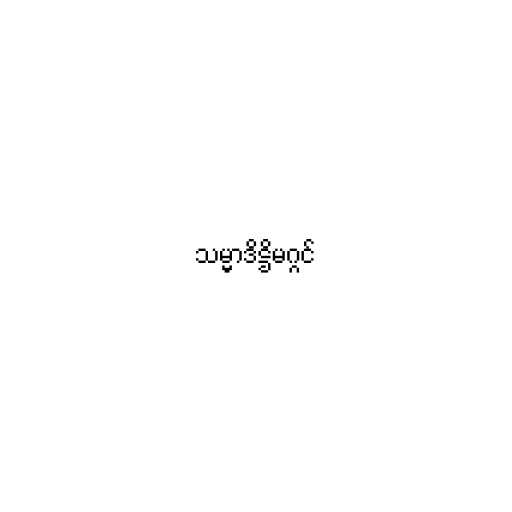
သမ္မာဒိဋ္ဌိမဂ္ဂင်